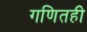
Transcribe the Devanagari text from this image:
गणितही